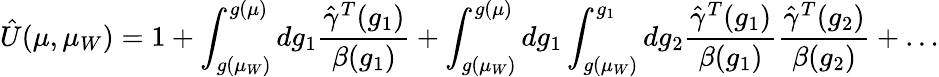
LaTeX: \hat{U}(\mu,\mu_{W})=1+\int_{g(\mu_{W})}^{g(\mu)}dg_{1}{\frac{\hat{\gamma}^{T}(g_{1})}{\beta(g_{1})}}+\int_{g(\mu_{W})}^{g(\mu)}dg_{1}\int_{g(\mu_{W})}^{g_{1}}dg_{2}{\frac{\hat{\gamma}^{T}(g_{1})}{\beta(g_{1})}}{\frac{\hat{\gamma}^{T}(g_{2})}{\beta(g_{2})}}+\ldots